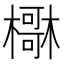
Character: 𣝺